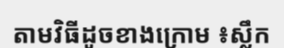
តាមវិធីដូចខាងក្រោម ៖ស្លឹក